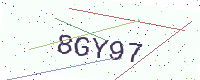
Text: 8GY97